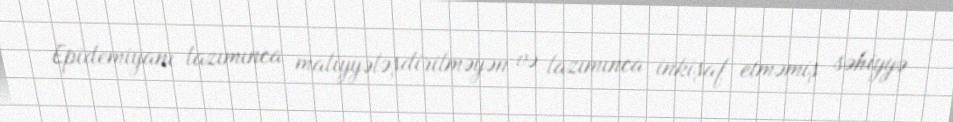
Epidemiyanı lazımınca maliyyələşdirilməyən və lazımınca inkişaf etməmiş səhiyyə